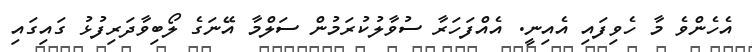
އެހެންވެ މާ ހެވިފައި އެއިނީ. އެއްފަހަރާ ސުވާލުކުރަމުން ސަލްމާ އޭނަގެ ލޯބިވާދަރިފުޅު ގައިގައި